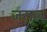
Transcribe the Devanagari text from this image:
जराल